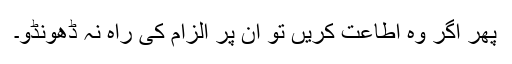
پھر اگر وہ اطاعت کریں تو اُن پر الزام کی راہ نہ ڈھونڈو۔